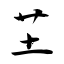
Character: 芏